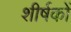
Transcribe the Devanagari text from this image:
शीर्षकाें